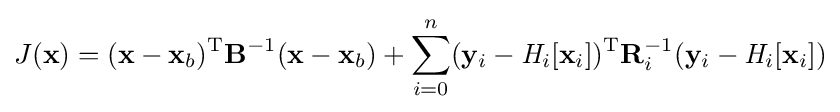
J(\mathbf {x} )=(\mathbf {x} -\mathbf {x} _{b})^{\mathrm {T} }\mathbf {B} ^{-1}(\mathbf {x} -\mathbf {x} _{b})+\sum _{i=0}^{n}(\mathbf {y} _{i}-{\mathit {H}}_{i}[\mathbf {x} _{i}])^{\mathrm {T} }\mathbf {R} _{i}^{-1}(\mathbf {y} _{i}-{\mathit {H}}_{i}[\mathbf {x} _{i}])